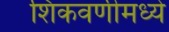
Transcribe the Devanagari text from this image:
शिकवणीमध्ये